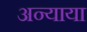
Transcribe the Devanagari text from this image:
अन्याया